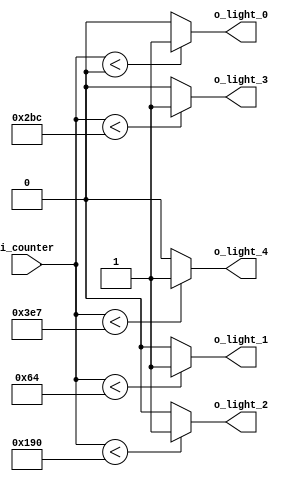
`timescale 1ns / 1ps

module Comparator(
    input [9:0] i_counter,
    output o_light_0, o_light_1, o_light_2, o_light_3, o_light_4
    );

    /* 
       lignt_0 :  0%
       light_1 : 30%
       light_2 : 60%
       light_3 : 80%
       light_4 : 99% */

    assign o_light_0 = (i_counter < 0)   ? 1'b1 : 1'b0;
    assign o_light_1 = (i_counter < 100) ? 1'b1 : 1'b0;
    assign o_light_2 = (i_counter < 400) ? 1'b1 : 1'b0;
    assign o_light_3 = (i_counter < 700) ? 1'b1 : 1'b0;
    assign o_light_4 = (i_counter < 999) ? 1'b1 : 1'b0;

endmodule